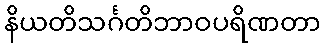
နိယတိသင်္ဂတိဘာဝပရိဏတာ